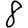
Digit: 8